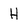
Character: H